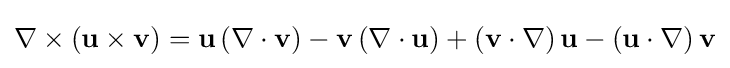
\nabla \times (\mathbf {u} \times \mathbf {v} )=\mathbf {u} \,(\nabla \cdot \mathbf {v} )-\mathbf {v} \,(\nabla \cdot \mathbf {u} )+(\mathbf {v} \cdot \nabla )\,\mathbf {u} -(\mathbf {u} \cdot \nabla )\,\mathbf {v}